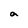
Character: a